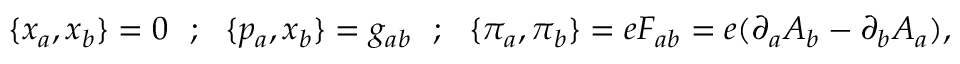
\{ x _ { a } , x _ { b } \} = 0 ~ ~ ; ~ ~ \{ p _ { a } , x _ { b } \} = g _ { a b } ~ ~ ; ~ ~ \{ \pi _ { a } , \pi _ { b } \} = e F _ { a b } = e ( \partial _ { a } A _ { b } - \partial _ { b } A _ { a } ) ,